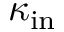
\kappa _ { \mathrm { i n } }